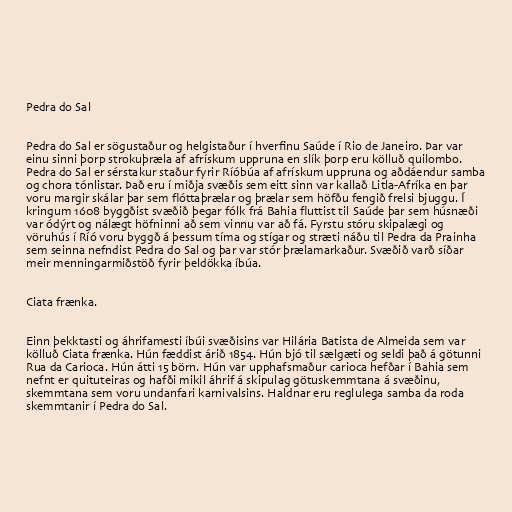
Pedra do Sal

Pedra do Sal er sögustaður og helgistaður í hverfinu Saúde í Rio de Janeiro. Þar var
einu sinni þorp strokuþræla af afrískum uppruna en slík þorp eru kölluð quilombo.
Pedra do Sal er sérstakur staður fyrir Ríóbúa af afrískum uppruna og aðdáendur samba
og chora tónlistar. Það eru í miðja svæðis sem eitt sinn var kallað Litla-Afríka en þar
voru margir skálar þar sem flóttaþrælar og þrælar sem höfðu fengið frelsi bjuggu. Í
kringum 1608 byggðist svæðið þegar fólk frá Bahia fluttist til Saúde þar sem húsnæði
var ódýrt og nálægt höfninni að sem vinnu var að fá. Fyrstu stóru skipalægi og
vöruhús í Ríó voru byggð á þessum tíma og stígar og stræti náðu til Pedra da Prainha
sem seinna nefndist Pedra do Sal og þar var stór þrælamarkaður. Svæðið varð síðar
meir menningarmiðstöð fyrir þeldökka íbúa.

Ciata frænka.

Einn þekktasti og áhrifamesti íbúi svæðisins var Hilária Batista de Almeida sem var
kölluð Ciata frænka. Hún fæddist árið 1854. Hún bjó til sælgæti og seldi það á götunni
Rua da Carioca. Hún átti 15 börn. Hún var upphafsmaður carioca hefðar í Bahia sem
nefnt er quituteiras og hafði mikil áhrif á skipulag götuskemmtana á svæðinu,
skemmtana sem voru undanfari karnivalsins. Haldnar eru reglulega samba da roda
skemmtanir í Pedra do Sal.